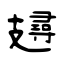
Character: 攳